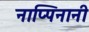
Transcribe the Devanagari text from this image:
नाप्पिनानी